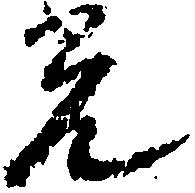
光